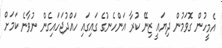
އެމީހުން ގޮވަމުން ދިޔައީ ޒިނޭ ކުރާ އަންހެނުގެ ގައިގައި ހައްދުޖަހައިގެން ނުވާނެ ކަމަށް